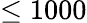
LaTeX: \leq 1000